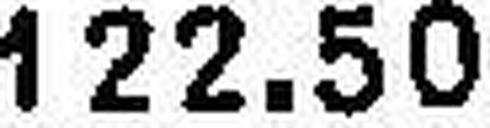
122.50